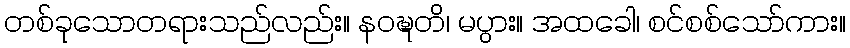
တစ်ခုသောတရားသည်လည်း။ နဝဍ္ဎတိ၊ မပွား။ အထခေါ၊ စင်စစ်သော်ကား။